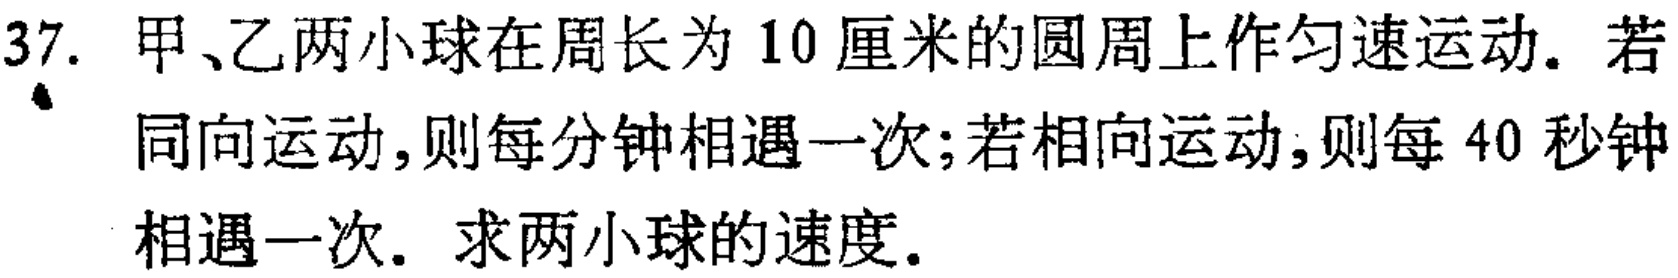
37. 甲、乙两小球在周长为 \(10\) 厘米的圆周上作匀速运动. 若同向运动,则每分钟相遇一次;若相向运动,则每 \(40\) 秒钟相遇一次. 求两小球的速度.